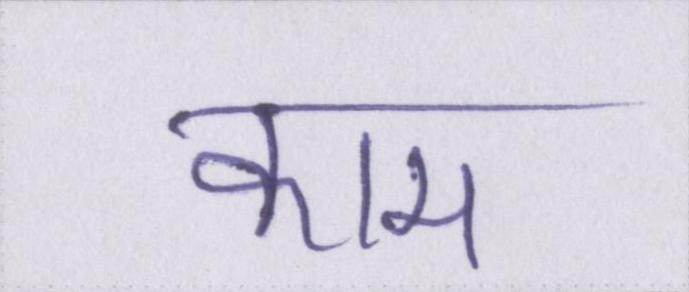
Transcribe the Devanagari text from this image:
काम।